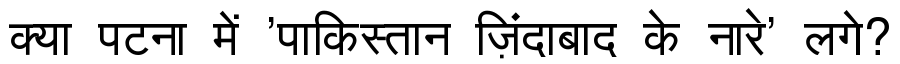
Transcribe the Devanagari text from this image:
क्या पटना में 'पाकिस्तान ज़िंदाबाद के नारे' लगे?